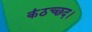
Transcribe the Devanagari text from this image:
कंठच्छद।